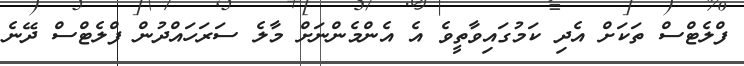
ފްލެޓްސް ތަކަށް އެދި ކަމުގައިވާތީވެ އެ އެންމެންނަށް މާލެ ސަރަހައްދުން ފްލެޓްސް ދޭނެ